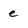
Character: e